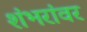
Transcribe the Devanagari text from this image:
शंभरांवर